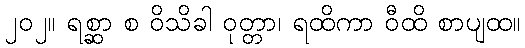
၂၀၂။ ရစ္ဆာ စ ဝိသိခါ ဝုတ္တာ၊ ရထိကာ ဝီထိ စာပျထ။